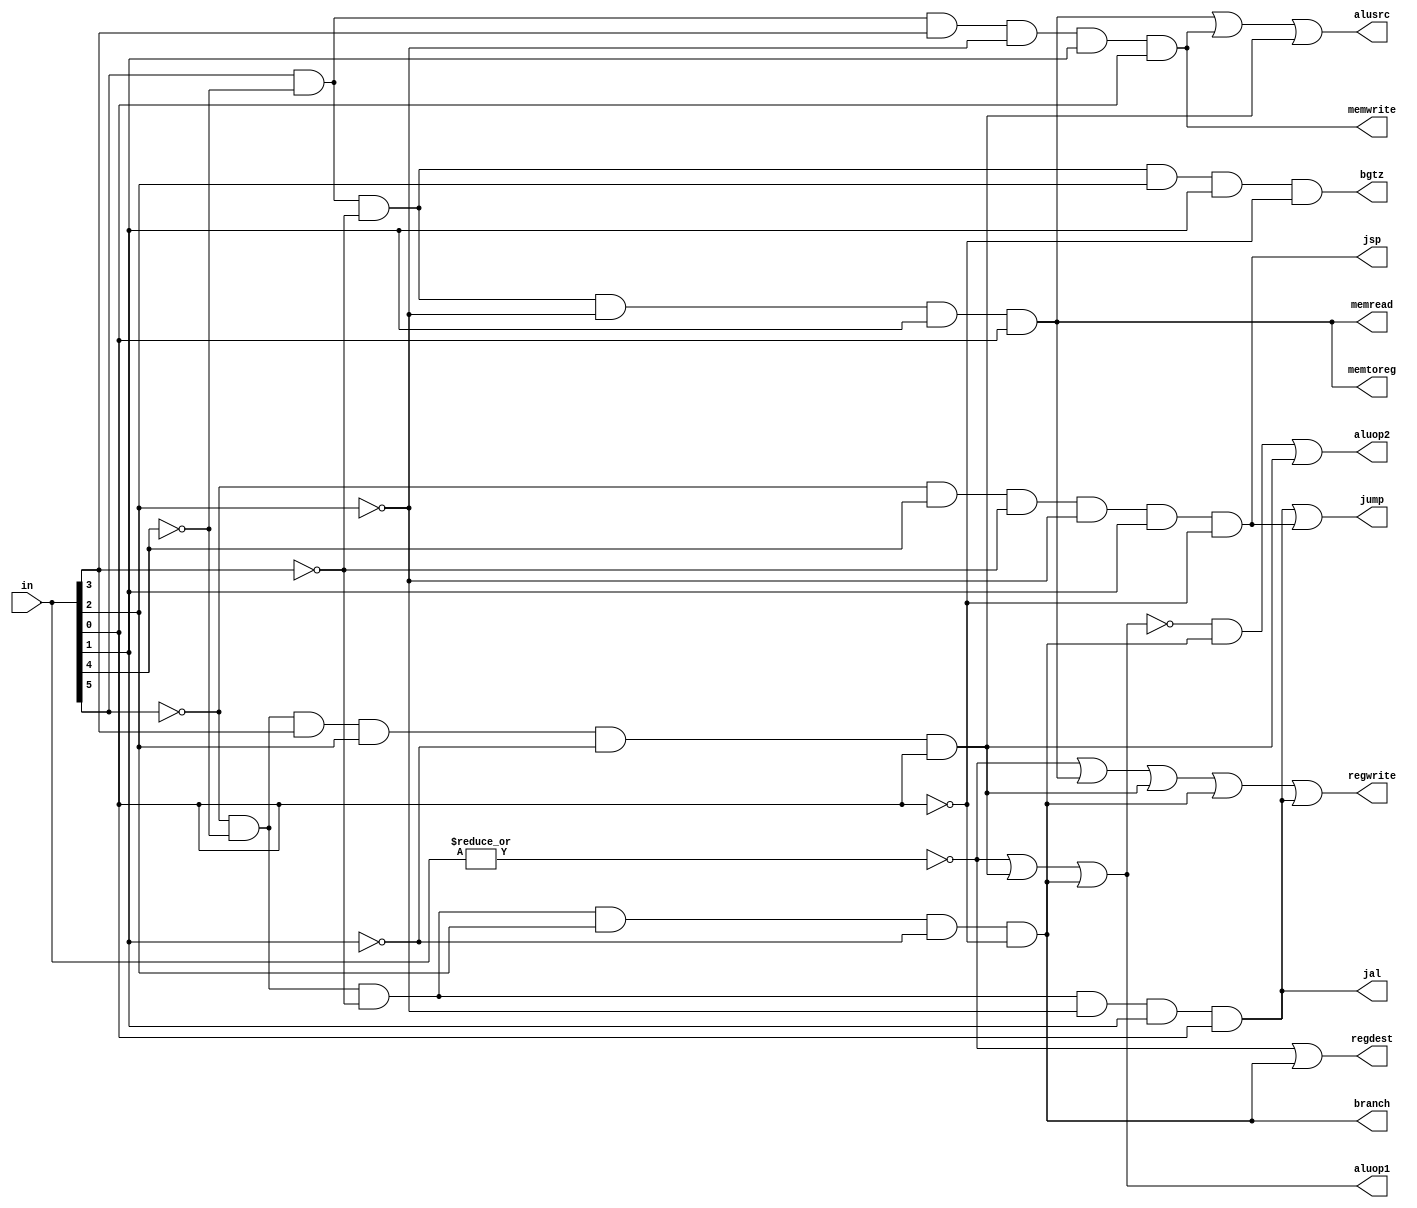
module control(in,regdest,alusrc,memtoreg,regwrite,memread,memwrite,branch,aluop1,aluop2,jal,jsp,jump,bgtz);
input [5:0] in;
output regdest,alusrc,memtoreg,regwrite,memread,memwrite,branch,aluop1,aluop2,jal,jsp,jump,bgtz;
wire rformat,lw,sw,beq,nori;

assign rformat=~|in;
assign lw=in[5]& (~in[4])&(~in[3])&(~in[2])&in[1]&in[0];
assign sw=in[5]& (~in[4])&in[3]&(~in[2])&in[1]&in[0];
assign beq=~in[5]& (~in[4])&(~in[3])&in[2]&(~in[1])&(~in[0]);	//opcode=4, 000100
assign nori=(~in[5])& (~in[4])&in[3]&in[2]&(~in[1])&in[0];	//opcode=13, in binary=001101
assign sllv= (~in[5])&(~in[4])&(~in[3])&in[2]&(~in[1])&(~in[0]); //opcode=4, in binary=000100

assign jal= (~in[5])& 	(~in[4])& 	(~in[3])&	(~in[2])& 	in[1]& 		in[0];
assign jsp= (~in[5])& 	in[4]& 		(~in[3])& 	(~in[2])& 	in[1]& 		(~in[0]);
assign bgtz= in[5]& 	(~in[4])&	(~in[3])&	in[2]&in[1]&(~in[0]);//opcode=38, 100110

assign jump= jal|jsp;

assign regdest=rformat|sllv;
assign alusrc=lw|sw|nori;
assign memtoreg=lw;
assign regwrite=rformat|lw|nori|sllv|jal;
assign memread=lw;
assign memwrite=sw;
assign branch=beq;
assign aluop1=rformat|nori|sllv;
assign aluop2= ((~aluop1)&beq)|nori;

endmodule